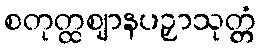
စတုတ္ထဈာနပဉှာသုတ္တံ